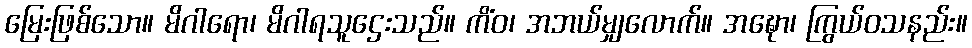
မြေးဖြစ်သော။ မိဂါရော၊ မိဂါရသူဌေးသည်။ ကိံဝ၊ အဘယ်မျှလောက်။ အဍ္ဎော၊ ကြွယ်ဝသနည်း။